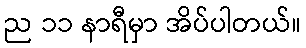
ည ၁၁ နာရီမှာ အိပ်ပါတယ်။